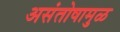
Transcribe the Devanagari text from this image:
असंतोषामुळ